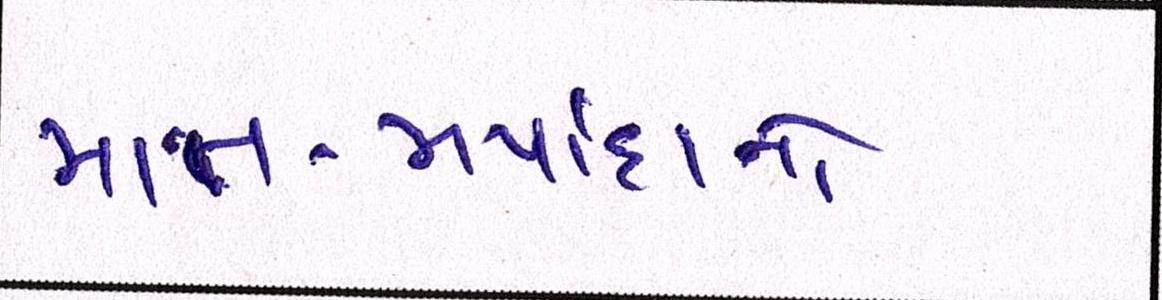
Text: માન-મર્યાદાનો